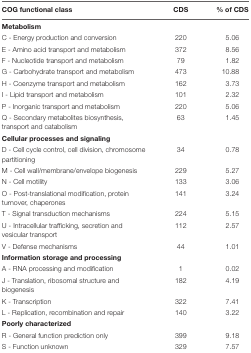
| COG functional class | CDS | % of CDS |
 | --- | --- | --- |
 | <COLSPAN=3> Metabolism |
 | C - Energy production and conversion | 220 | 5.06 |
 | E - Amino acid transport and metabolism | 372 | 8.56 |
 | F - Nucleotide transport and metabolism | 79 | 1.82 |
 | G - Carbohydrate transport and metabolism | 473 | 10.88 |
 | H - Coenzyme transport and metabolism | 162 | 3.73 |
 | I - Lipid transport and metabolism | 101 | 2.32 |
 | P - Inorganic transport and metabolism | 220 | 5.06 |
 | Q - Secondary metabolites biosynthesis, transport and catabolism | 63 | 1.45 |
 | <COLSPAN=3> Cellular processes and signaling |
 | D - Cell cycle control, cell division, chromosome partitioning | 34 | 0.78 |
 | M - Cell wall/membrane/envelope biogenesis | 229 | 5.27 |
 | N - Cell motility | 133 | 3.06 |
 | O - Post-translational modification, protein turnover, chaperones | 141 | 3.24 |
 | T - Signal transduction mechanisms | 224 | 5.15 |
 | U - Intracellular trafficking, secretion and vesicular transport | 112 | 2.57 |
 | V - Defense mechanisms | 44 | 1.01 |
 | <COLSPAN=3> Information storage and processing |
 | A - RNA processing and modification | 1 | 0.02 |
 | J - Translation, ribosomal structure and biogenesis | 182 | 4.19 |
 | K - Transcription | 322 | 7.41 |
 | L - Replication, recombination and repair | 140 | 3.22 |
 | <COLSPAN=3> Poorly characterized |
 | R - General function prediction only | 399 | 9.18 |
 | S - Function unknown | 329 | 7.57 |